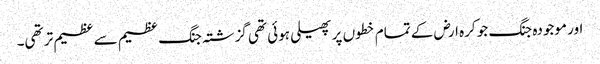
اور موجودہ جنگ جو کرہ ارض کے تمام خطوں پر پھیلی ہوئی تھی گزشتہ جنگ عظیم سے عظیم تر تھی۔